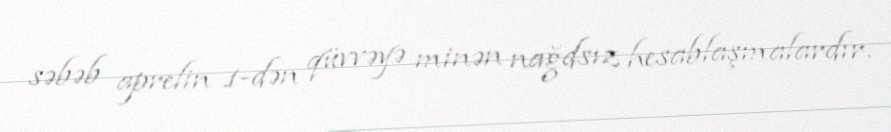
səbəb aprelin 1-dən qüvvəyə minən nağdsız hesablaşmalardır.